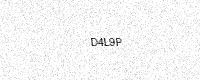
Text: D4L9P